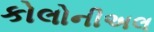
કોલોનીઅલ